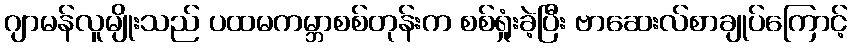
ဂျာမန်လူမျိုးသည် ပထမကမ္ဘာစစ်တုန်းက စစ်ရှုံးခဲ့ပြီး ဗာဆေးလ်စာချုပ်ကြောင့်